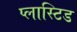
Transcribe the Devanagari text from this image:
प्लास्टिड